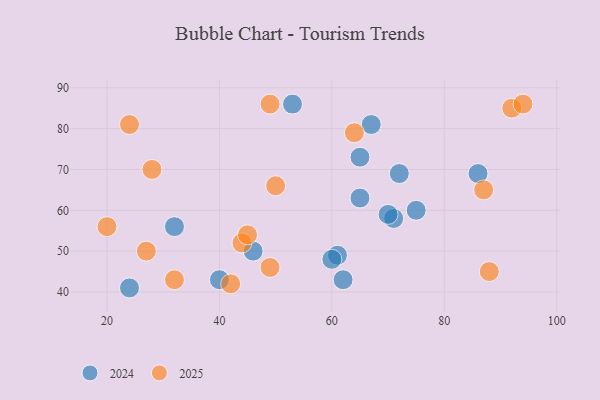
{"axis": {"x": "GDP", "y": "Life Expectancy"}, "legend": ["2024", "2025"], "data": [{"x": "32", "y": 43, "type": "2025"}, {"x": "87", "y": 65, "type": "2025"}, {"x": "27", "y": 50, "type": "2025"}, {"x": "42", "y": 42, "type": "2025"}, {"x": "20", "y": 56, "type": "2025"}, {"x": "50", "y": 66, "type": "2025"}, {"x": "88", "y": 45, "type": "2025"}, {"x": "44", "y": 52, "type": "2025"}, {"x": "49", "y": 46, "type": "2025"}, {"x": "92", "y": 85, "type": "2025"}, {"x": "64", "y": 79, "type": "2025"}, {"x": "24", "y": 81, "type": "2025"}, {"x": "49", "y": 86, "type": "2025"}, {"x": "94", "y": 86, "type": "2025"}, {"x": "28", "y": 70, "type": "2025"}, {"x": "45", "y": 54, "type": "2025"}, {"x": "24", "y": 41, "type": "2024"}, {"x": "53", "y": 86, "type": "2024"}, {"x": "40", "y": 43, "type": "2024"}, {"x": "86", "y": 69, "type": "2024"}, {"x": "61", "y": 49, "type": "2024"}, {"x": "60", "y": 48, "type": "2024"}, {"x": "67", "y": 81, "type": "2024"}, {"x": "46", "y": 50, "type": "2024"}, {"x": "71", "y": 58, "type": "2024"}, {"x": "65", "y": 63, "type": "2024"}, {"x": "72", "y": 69, "type": "2024"}, {"x": "62", "y": 43, "type": "2024"}, {"x": "32", "y": 56, "type": "2024"}, {"x": "65", "y": 73, "type": "2024"}, {"x": "75", "y": 60, "type": "2024"}, {"x": "70", "y": 59, "type": "2024"}]}